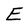
Character: E